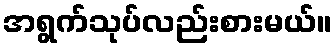
အရွက်သုပ်လည်းစားမယ်။